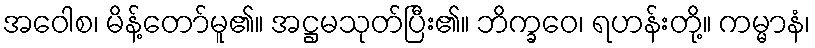
အဝေါစ၊ မိန့်တော်မူ၏။ အဋ္ဌမသုတ်ပြီး၏။ ဘိက္ခဝေ၊ ရဟန်းတို့။ ကမ္မာနံ၊